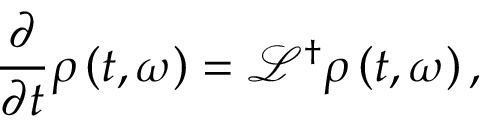
\frac { \partial } { \partial t } \rho \left( t , \omega \right) = \mathcal { L } ^ { \dagger } \rho \left( t , \omega \right) ,